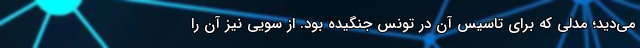
می‌دید؛ مدلی که برای تاسیس آن در تونس جنگیده بود. از سویی نیز آن را